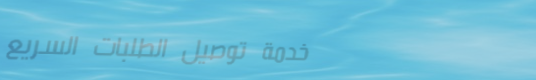
خدمة توصيل الطلبات السريع